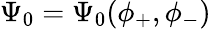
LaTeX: \Psi_{0}=\Psi_{0}(\phi_{+},\phi_{-})